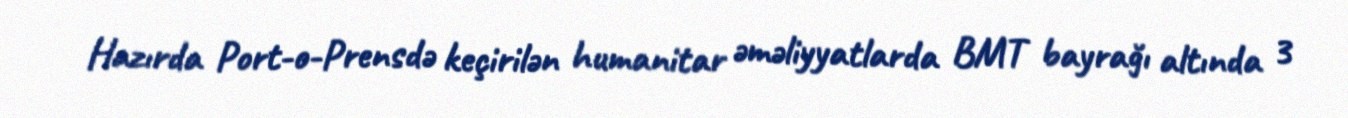
Hazırda Port-o-Prensdə keçirilən humanitar əməliyyatlarda BMT bayrağı altında 3